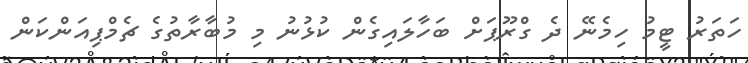
ހަތަރު ޓީމު ހިމެނޭ ދެ ގްރޫޕަށް ބަހާލައިގެން ކުޅުނު މި މުބާރާތުގެ ޗެމްޕިއަންކަން